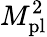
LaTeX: M_{\mathrm{{pl}}}^{2}